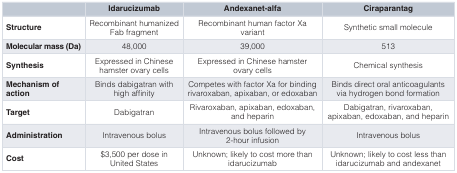
|  | Idarucizumab | Andexanet-alfa | Ciraparantag |
 | --- | --- | --- | --- |
 | Structure | Recombinant humanizedFab fragment | Recombinant human factor Xavariant | Synthetic small molecule |
 | Molecular mass (Da) | 48,000 | 39,000 | 513 |
 | Synthesis | Expressed in Chinesehamster ovary cells | Expressed in Chinese hamsterovary cells | Chemical synthesis |
 | Mechanism of action | Binds dabigatran withhigh affinity | Competes with factor Xa for bindingrivaroxaban, apixaban, or edoxaban | Binds direct oral anticoagulantsvia hydrogen bond formation |
 | Target | Dabigatran | Rivaroxaban, apixaban, edoxaban,and heparin | Dabigatran, rivaroxaban,apixaban, edoxaban, and heparin |
 | Administration | Intravenous bolus | Intravenous bolus followed by2-hour infusion | Intravenous bolus |
 | Cost | $3,500 per dose inUnited States | Unknown; likely to cost more thanidarucizumab | Unknown; likely to cost less thanidarucizumab and andexanet |